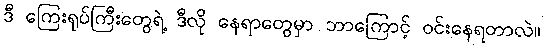
ဒီ ကြေးရုပ်ကြီးတွေရဲ့ ဒီလို နေရာတွေမှာ ဘာကြောင့် ဝင်းနေရတာလဲ။